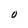
Character: O